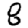
Digit: 8